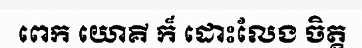
ពេក យោគី ក៏ ដោះលែង ចិត្ត